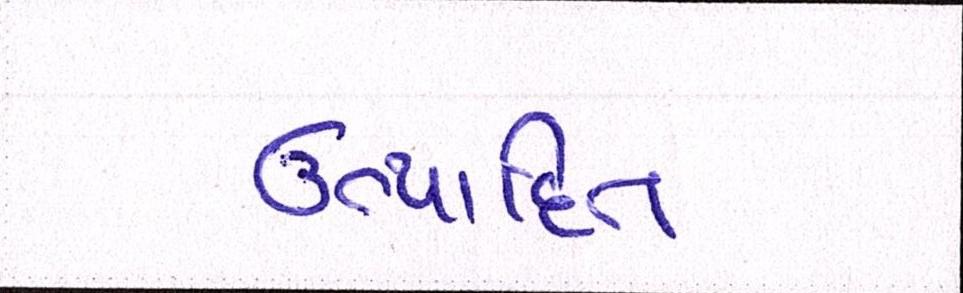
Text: ઉત્પાદિત